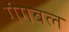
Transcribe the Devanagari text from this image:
गंगबल